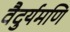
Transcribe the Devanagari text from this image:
वैदुर्यमणि